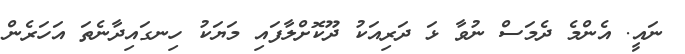
ނައީ. އެންމެ ދެމަސް ނުވާ ޅަ ދަރިއަކު ދޫކޮށްލާފައި މަޔަކު ހިނގައިދާނެތަ އަހަރެން